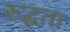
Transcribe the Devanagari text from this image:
रुद्धता